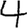
Digit: 4